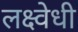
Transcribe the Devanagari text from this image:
लक्ष्वेधी